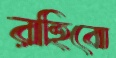
রহিবো